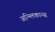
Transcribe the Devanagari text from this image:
अन्ग्लिकान्स